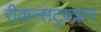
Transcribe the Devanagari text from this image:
रीकन्सट्रक्शन